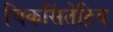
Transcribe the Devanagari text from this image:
चिकसिंतेद्रिय